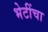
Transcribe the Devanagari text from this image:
भेटींचा